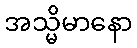
အသ္မိမာနော